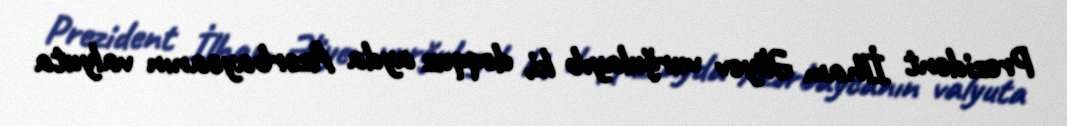
Prezident İlham Əliyev vurğulayıb ki, doqquz ayda Azərbaycanın valyuta